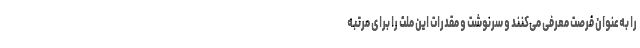
را به‌عنوان فرصت معرفی می‌کنند و سرنوشت و مقدرات این ملت را برای مرتبه